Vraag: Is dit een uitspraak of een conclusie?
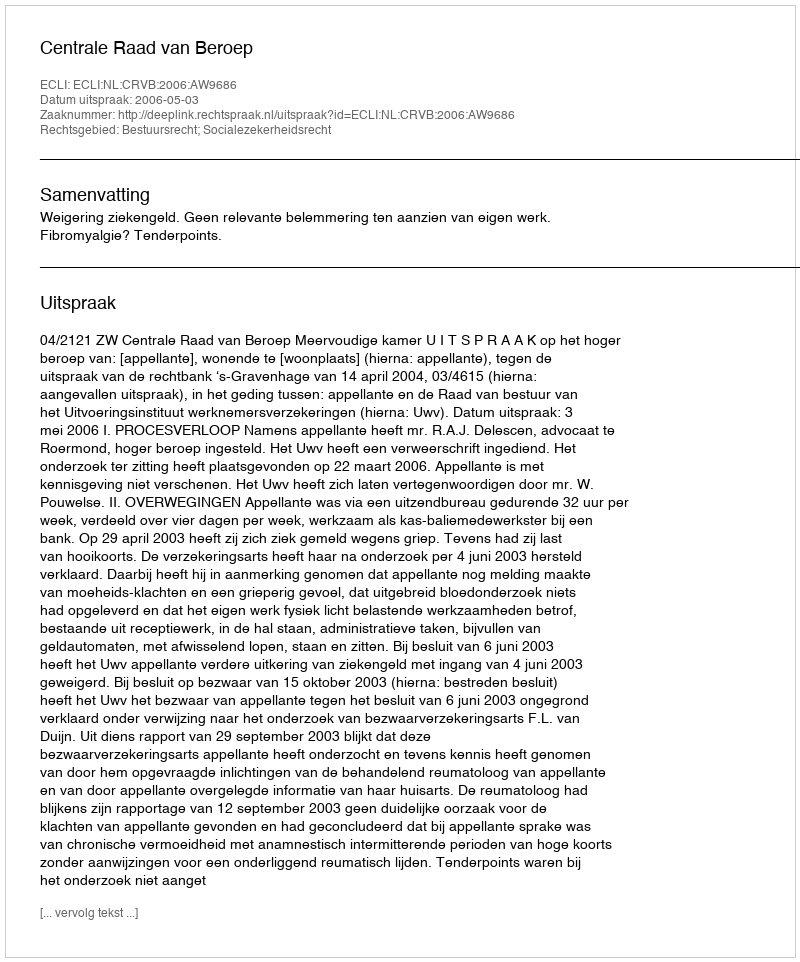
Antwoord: Uitspraak